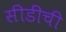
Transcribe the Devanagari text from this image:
सीडींची